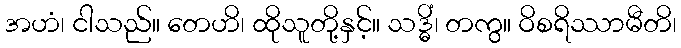
အဟံ၊ ငါသည်။ တေဟိ၊ ထိုသူတို့နှင့်။ သဒ္ဓိံ၊ တကွ။ ဝိစရိဿာမီတိ၊